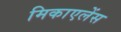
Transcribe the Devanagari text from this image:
मिकाएलेंस